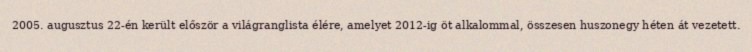
2005. augusztus 22-én került először a világranglista élére, amelyet 2012-ig öt alkalommal, összesen huszonegy héten át vezetett.